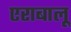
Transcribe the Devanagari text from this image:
एराबालू